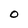
Character: 0